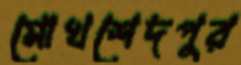
মোখশেদপুর